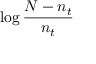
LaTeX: \log { \frac { N - n _ { t } } { n _ { t } } }